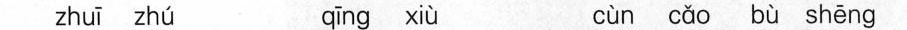
zhuī zhú qīng xiù cùn cǎo bù shēng